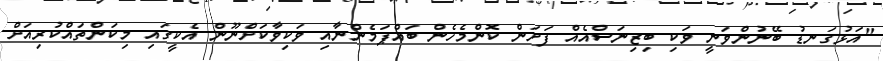
"އަޅުގަނޑު ބޭނުންވަނީ ވަކި ބިޒިނަސްއެއް ފަށަން ކޮންމެހެން ބައްޕަމެންނާއި ވަކިވާކަށްނޫން އެކީގައި މިކަންތައްކުރިއަށް